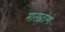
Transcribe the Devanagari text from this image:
मासातोमो